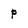
Character: p